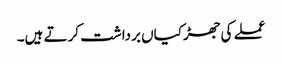
عملے کی جھڑکیاں برداشت کرتے ہیں۔